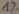
Text: 1%